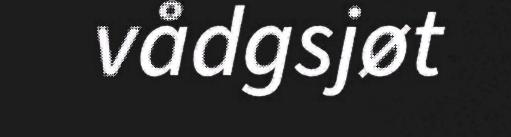
vådgsjøt